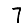
Digit: 7